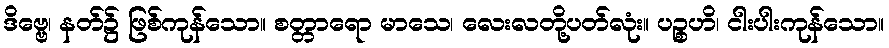
ဒိဗ္ဗေ၊ နတ်၌ ဖြစ်ကုန်သော။ စတ္တာရော မာသေ၊ လေးလတို့ပတ်လုံး။ ပဉ္စဟိ၊ ငါးပါးကုန်သော။